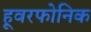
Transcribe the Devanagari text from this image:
हूवरफोनिक